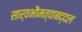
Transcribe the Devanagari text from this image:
सार्वभौमत्वाबद्दल